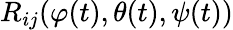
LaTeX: R_{ij}(\varphi(t),\theta(t),\psi(t))